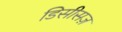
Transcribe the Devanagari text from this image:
डिसीसज़